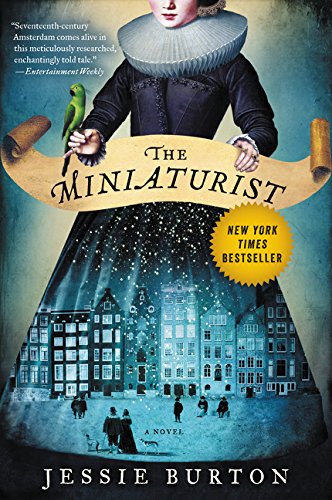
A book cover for The Miniaturist: A Novel; Jessie Burton; Literature & Fiction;